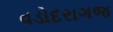
વડોદરાગજ